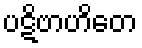
ပဋိဗာဟိတေ